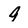
Character: 9